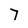
Character: 7